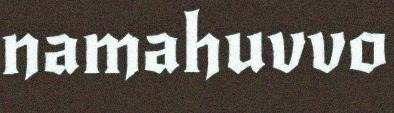
namahuvvo